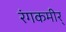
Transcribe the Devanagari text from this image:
रंगकमीर्